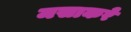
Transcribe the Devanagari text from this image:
मसाकरे